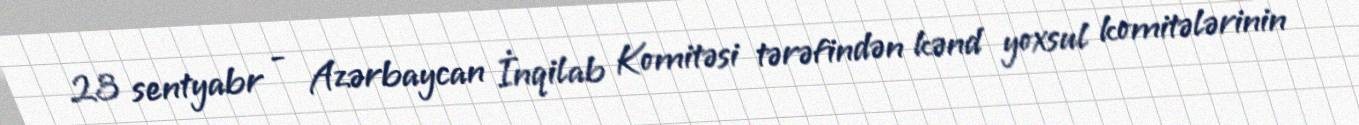
23 sentyabr - Azərbaycan İnqilab Komitəsi tərəfindən kənd yoxsul komitələrinin